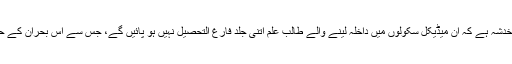
لیکن کچھ ماہرین کو خدشہ ہے کہ ان میڈیکل سکولوں میں داخلہ لینے والے طالب علم اتنی جلد فارغ التحصیل نہیں ہو پائیں گے، جس سے اس بحران کے حل میں مدد مل سکے۔